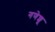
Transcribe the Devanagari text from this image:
गणेशू